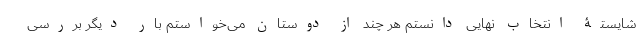
شایستۀ انتخاب نهایی دانستم هر چند از دوستان می‌خواستم بار دیگر بررسی